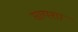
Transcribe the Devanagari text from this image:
सायशा